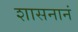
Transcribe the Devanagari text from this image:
शासनानं